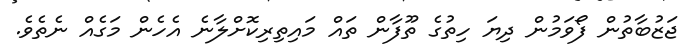
ޖަޒުބާތުން ފޯވަމުން ދިޔަ ހިތުގެ ތޫފާން ތައް މައިތިރިކޮށްލާނެ އެހެން މަގެއް ނެތެވެ.